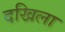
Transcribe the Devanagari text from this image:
दखिला